NAE_kihelkonnakohtute_kirjad_ja_protokollid_1869-1889, lk 4
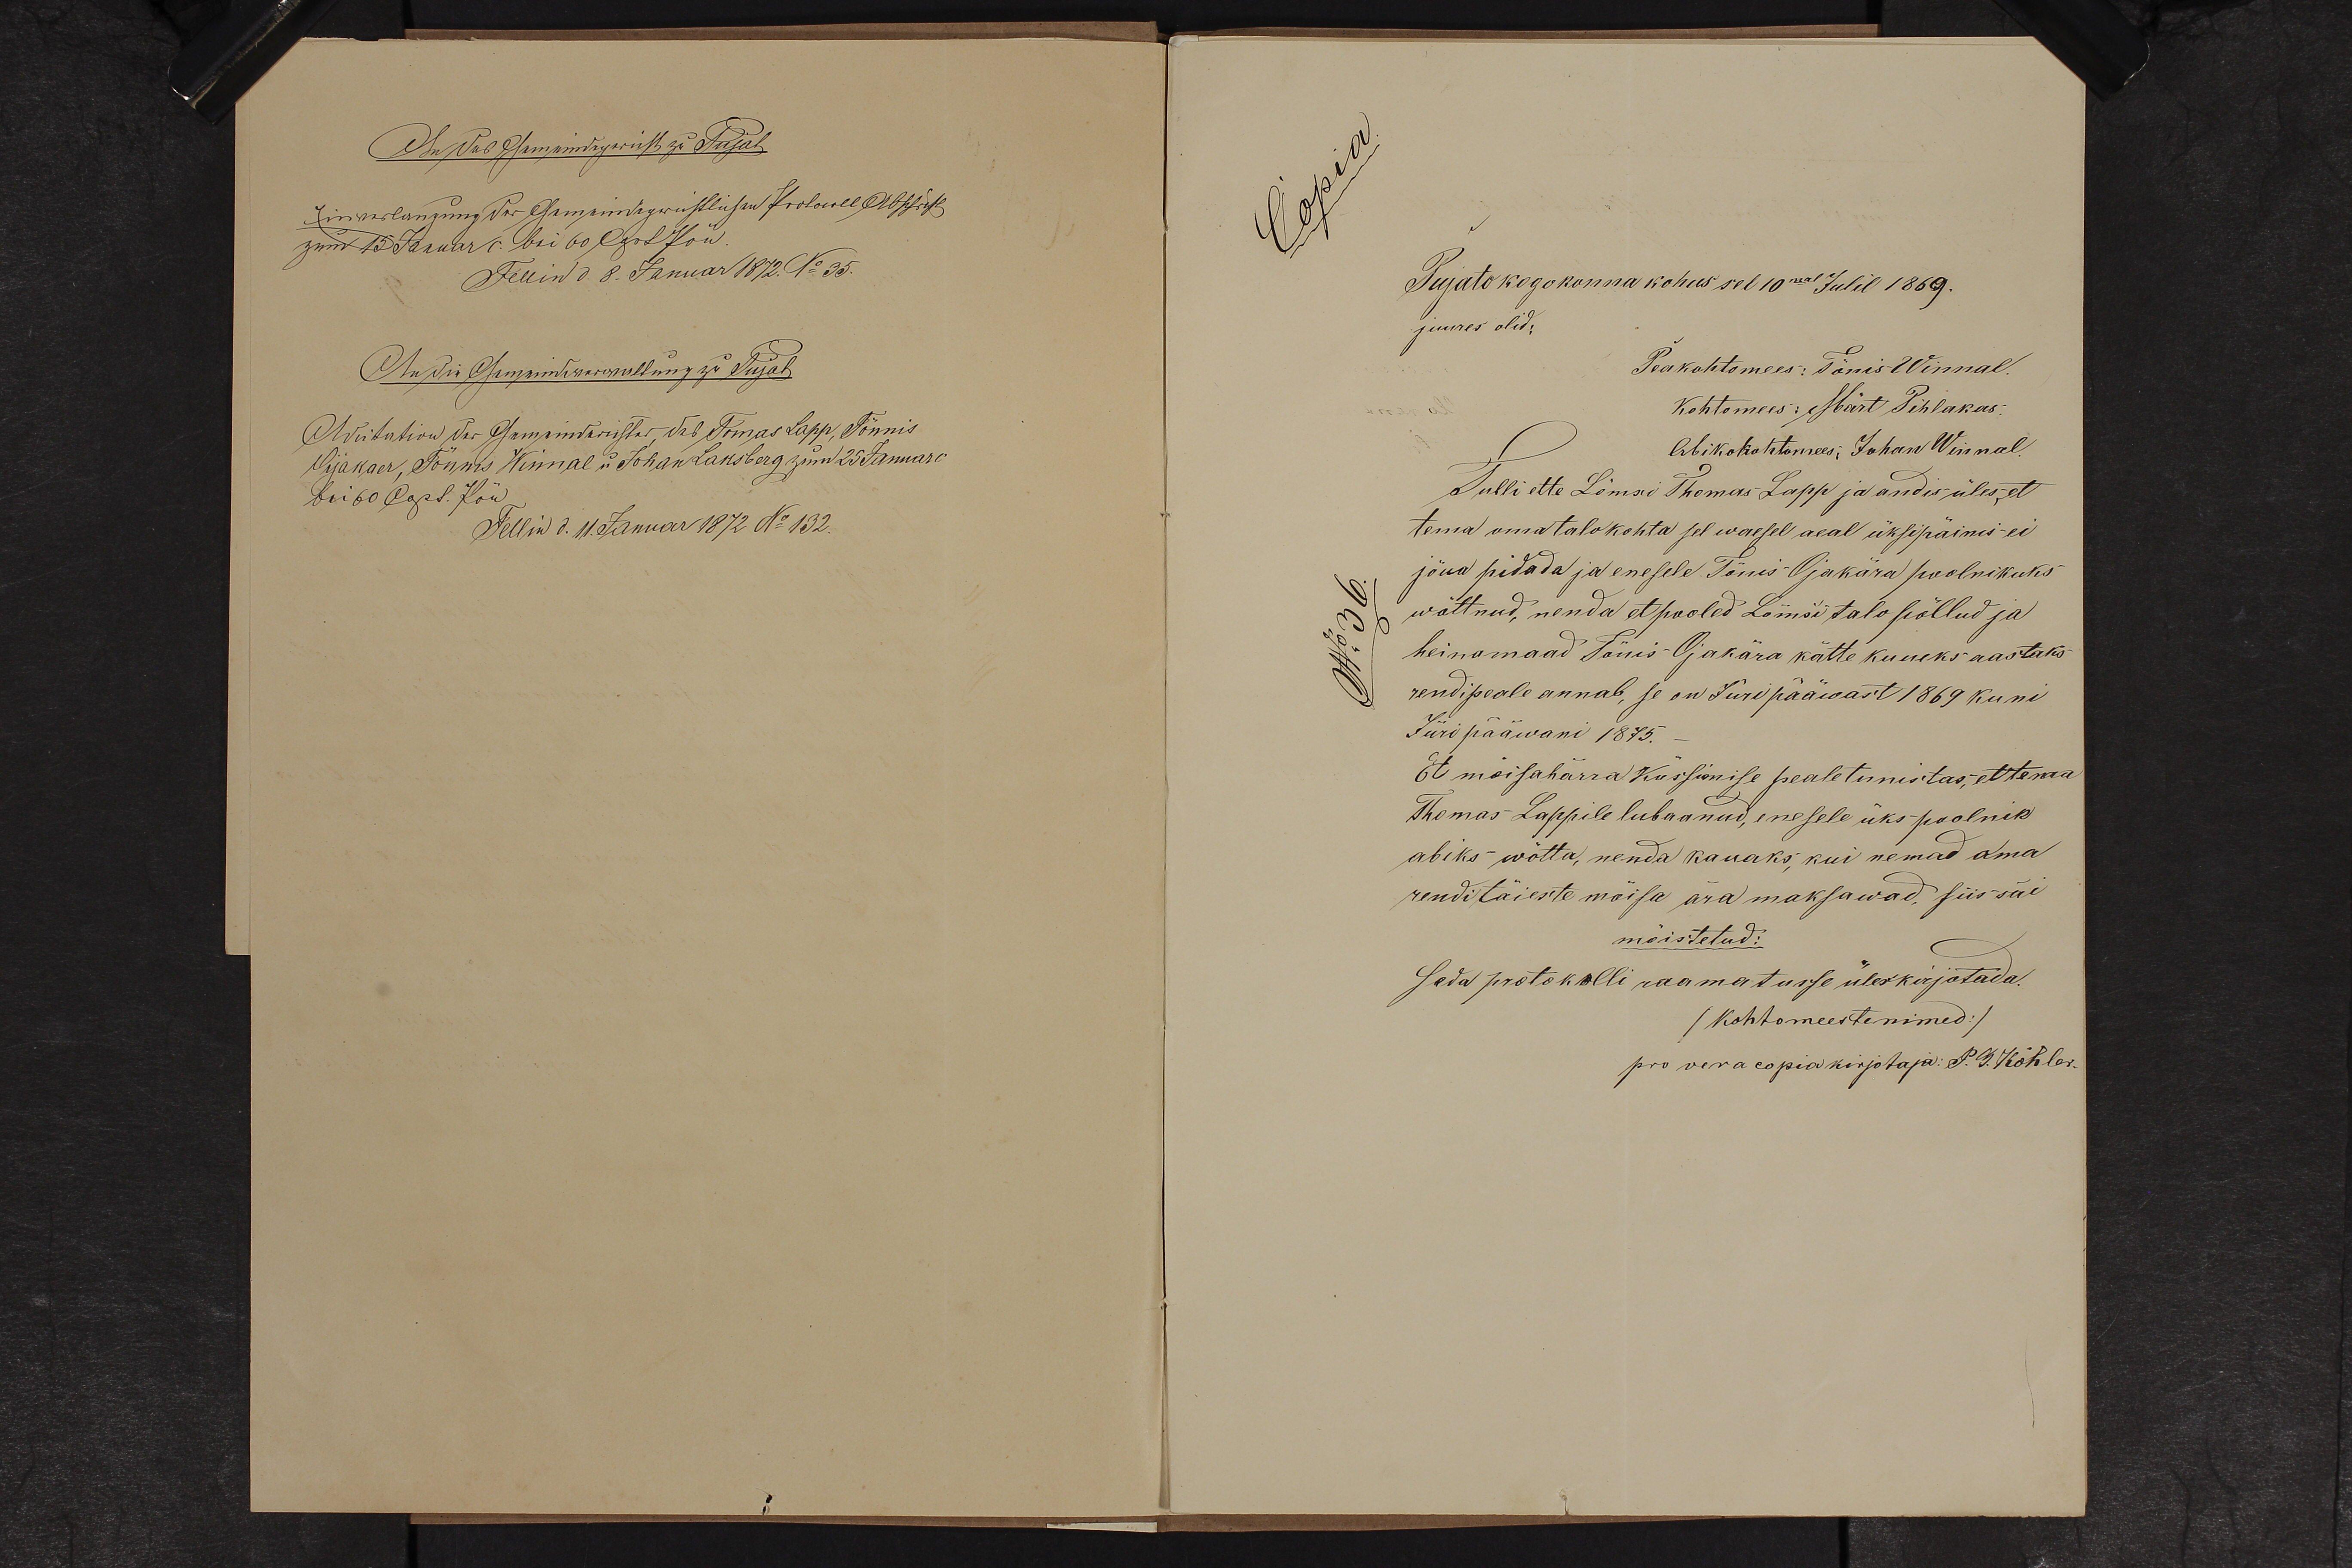
Pujato kogokonna kohus sel 10mal Julil 1869.
juures olid:
Tulli ette Lõmsi Thomas Lapp ja andis üles, et
tema oma talokohta sel waesel aeal üksipäines ei
jõua pidada ja enesele Tõnis Õjakära poolnikuks
wõttnud, nenda et pooled Lõmsi talo põllud ja
heinamaad Tõnis Ojakära kätte kuueks aastaks
rendipeale annab, se on Jüripääwast 1869 kuni
Jüri pääwani 1875.
Et mõisahärra küssimise peale tunistas, et tema
Thomas Lappile lubaanud, enesele üks poolnik
abiks wõtta, nenda kauaks, kui nemad oma
rendi täieste mõisa ära maksawad, siis sai
mõistetud:
seda protokolli raamatusse üleskirjotada.
/kohtomeestenimed/